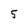
Character: 5